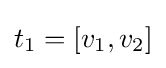
t_{1}=[v_{1},v_{2}]